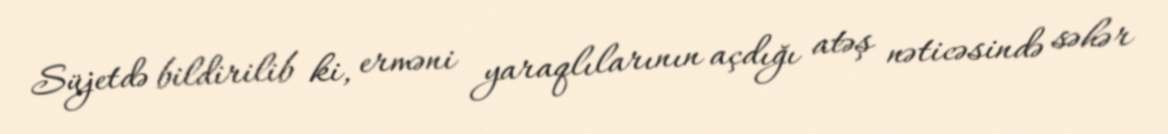
Süjetdə bildirilib ki, erməni yaraqlılarının açdığı atəş nəticəsində səhər